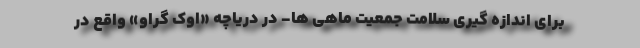
برای اندازه گیری سلامت جمعیت ماهی ها- در دریاچه «اوک گراو» واقع در